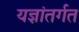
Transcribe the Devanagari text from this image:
यज्ञांतर्गत